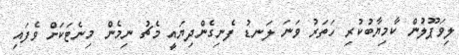
ލިވަޕޫލުން ކާމިޔާބުކުރި ހަތަރު ވަނަ ލަނޑު ފެނިގެންދިޔައީ މެޗު ނިމެން މިނެޓަކަށް ވެފައި